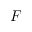
F